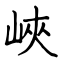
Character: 峽